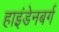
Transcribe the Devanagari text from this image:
हाइंडेनबर्ग